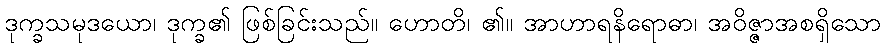
ဒုက္ခသမုဒယော၊ ဒုက္ခ၏ ဖြစ်ခြင်းသည်။ ဟောတိ၊ ၏။ အာဟာရနိရောဓာ၊ အဝိဇ္ဇာအစရှိသော